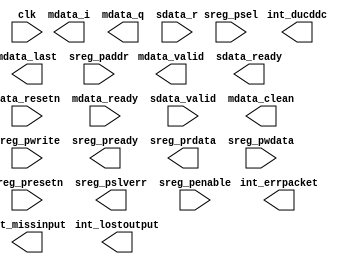
////////////////////////////////////////////////////////////////////////////////
// Copyright (c) 1995-2010 Xilinx, Inc.  All rights reserved.
////////////////////////////////////////////////////////////////////////////////
//   ____  ____
//  /   /\/   /
// /___/  \  /    Vendor: Xilinx
// \   \   \/     Version: M.63c
//  \   \         Application: netgen
//  /   /         Filename: duc_ddc_compiler_v1_0.v
// /___/   /\     Timestamp: Tue Aug 03 15:10:35 2010
// \   \  /  \ 
//  \___\/\___\
//             
// Command	: -intstyle ise -w -sim -ofmt verilog ./tmp/_cg\duc_ddc_compiler_v1_0.ngc ./tmp/_cg\duc_ddc_compiler_v1_0.v 
// Device	: 5vlx110tff1136-1
// Input file	: ./tmp/_cg/duc_ddc_compiler_v1_0.ngc
// Output file	: ./tmp/_cg/duc_ddc_compiler_v1_0.v
// # of Modules	: 1
// Design Name	: duc_ddc_compiler_v1_0
// Xilinx        : C:\Xilinx\12.2\ISE_DS\ISE\
//             
// Purpose:    
//     This verilog netlist is a verification model and uses simulation 
//     primitives which may not represent the true implementation of the 
//     device, however the netlist is functionally correct and should not 
//     be modified. This file cannot be synthesized and should only be used 
//     with supported simulation tools.
//             
// Reference:  
//     Command Line Tools User Guide, Chapter 23 and Synthesis and Simulation Design Guide, Chapter 6
//             
////////////////////////////////////////////////////////////////////////////////

`timescale 1 ns/1 ps

(* box_type="user_black_box" *)
module duc_ddc_compiler_v1_0 (
  sreg_presetn, sreg_psel, int_errpacket, sreg_pslverr, mdata_valid, sdata_ready, data_resetn, clk, mdata_ready, int_missinput, sdata_valid, 
mdata_clean, int_ducddc, sreg_pwrite, mdata_last, int_lostoutput, sreg_pready, sreg_penable, mdata_i, mdata_q, sdata_r, sreg_prdata, sreg_pwdata, 
sreg_paddr
)/* synthesis syn_black_box syn_noprune=1 */;
  input sreg_presetn;
  input sreg_psel;
  output int_errpacket;
  output sreg_pslverr;
  output mdata_valid;
  output sdata_ready;
  input data_resetn;
  input clk;
  input mdata_ready;
  output int_missinput;
  input sdata_valid;
  output mdata_clean;
  output int_ducddc;
  input sreg_pwrite;
  output mdata_last;
  output int_lostoutput;
  output sreg_pready;
  input sreg_penable;
  output [15 : 0] mdata_i;
  output [15 : 0] mdata_q;
  input [15 : 0] sdata_r;
  output [31 : 0] sreg_prdata;
  input [31 : 0] sreg_pwdata;
  input [11 : 0] sreg_paddr;
endmodule